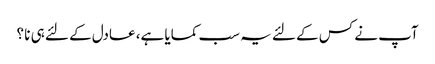
آپ نے کس کے لئے یہ سب کمایا ہے، عادل کے لئے ہی نا ؟